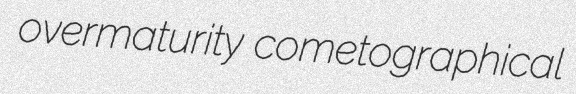
overmaturity cometographical